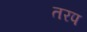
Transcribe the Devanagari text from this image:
तरप